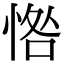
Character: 𢜥